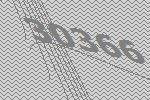
30366